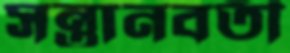
সন্তানবতী